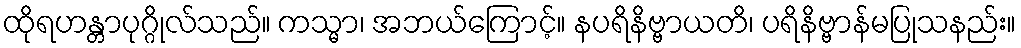
ထိုရဟန္တာပုဂ္ဂိုလ်သည်။ ကသ္မာ၊ အဘယ်ကြောင့်။ နပရိနိဗ္ဗာယတိ၊ ပရိနိဗ္ဗာန်မပြုသနည်း။